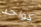
كواحد